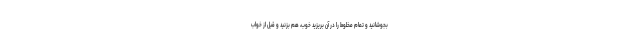
بجوشانید و تمام مخلوط را در آن بریزید خوب، هم بزنید و قبل از خواب